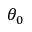
\theta _ { 0 }